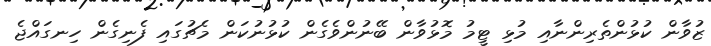
ޒުވާން ކުޅުންތެރިންނާއި މުޅި ޓީމު މޮޅުވާން ބޭނުންވެގެން ކުޅުނުކަން މެޗުގައި ފެނިގެން ހިނގައްޖެ